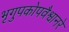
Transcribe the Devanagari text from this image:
भृगुपकोपवैश्वानरे